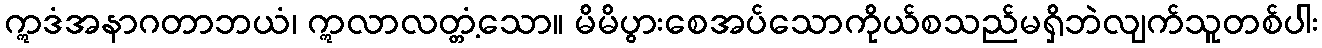
ဣဒံအနာဂတာဘယံ၊ ဣလာလတ္တံ့သော။ မိမိပွားစေအပ်သောကိုယ်စသည်မရှိဘဲလျက်သူတစ်ပါး